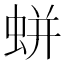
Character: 蛢